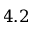
4 . 2